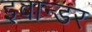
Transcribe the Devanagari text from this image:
इवान्डर